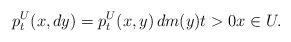
LaTeX: \begin{align*}p_{t}^{U}(x,dy)=p_{t}^{U}(x,y)\,dm(y) t>0 x\in U. \end{align*}